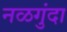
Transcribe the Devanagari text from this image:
नळगुंदा